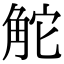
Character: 𧣖